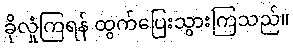
ခိုလှုံကြရန် ထွက်ပြေးသွားကြသည်။